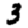
Digit: 3